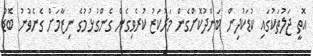
އޮތީ ޖަލުތަކުގައި ކުޑަކުދިން ބަންދުކޮށްގެން މަރުކަޒު ކުރެވިގެން ގެންގުޅުމުގެ ނިޒާމަށް ގެނެވުނު ބޮޑު